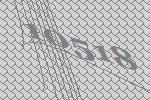
10518